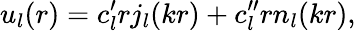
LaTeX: u_{l}(r)=c_{l}^{\prime}rj_{l}(kr)+c_{l}^{\prime\prime}rn_{l}(kr),